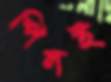
পিলই